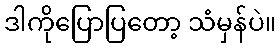
ဒါကိုပြောပြတော့ သံမှန်ပဲ။